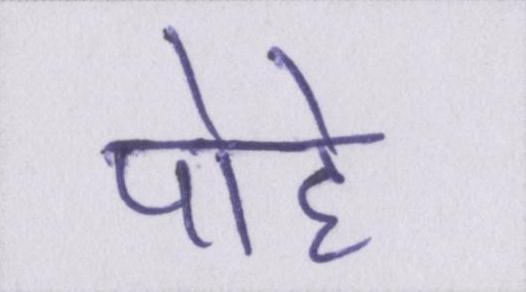
पोहे